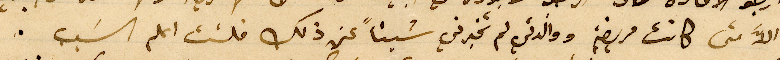
الاَّ متى كانت مريضة ووالدتي لم تخبرني شيئاً عن ذلك فلست اعلم السَبب.